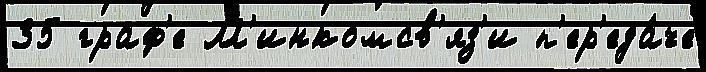
35 граф'е М'инкомсв'яз'и п'ер'еда́че